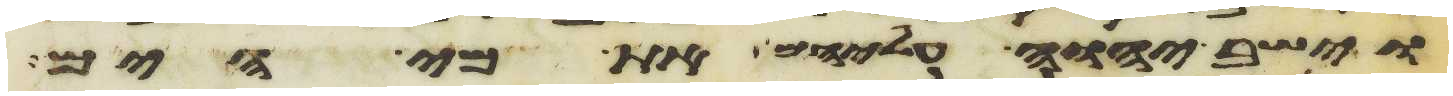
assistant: וישב יהוה עליהם את מי הים